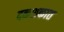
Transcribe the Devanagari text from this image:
दकशकात